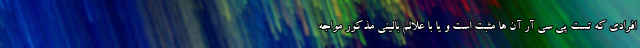
افرادی که تست پی سی آر آن ها مثبت است و یا با علائم بالینی مذکور مواجه